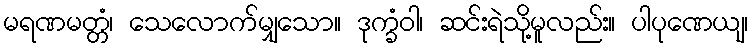
မရဏမတ္တံ၊ သေလောက်မျှသော။ ဒုက္ခံဝါ၊ ဆင်းရဲသို့မူလည်း။ ပါပုဏေယျ၊